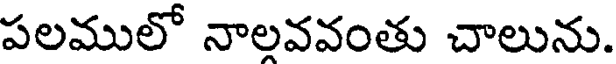
పలములో నాలవవంతు చాలును.